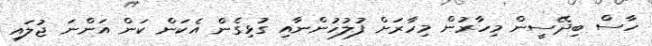
ހާސް ބިދޭސީން މިހާރުން މިހާރަށް ފުލުހުންނާއި ގުޅިގެން އެކަން ކަން އަންނަ ޖުލައި